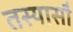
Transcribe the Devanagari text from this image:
तस्यासौ